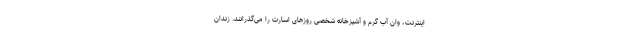
اینترنت، وان آب گرم و آشپزخانه شخصی روز‌های اسارت را می‌گذرانند. زندان